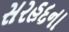
સરહદના